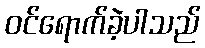
ဝင်ရောက်ခဲ့ပါသည်